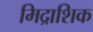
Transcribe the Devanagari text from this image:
मिद्राशिक